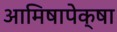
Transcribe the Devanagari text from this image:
आमिषापेक्षा